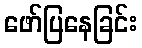
ဖော်ပြနေခြင်း